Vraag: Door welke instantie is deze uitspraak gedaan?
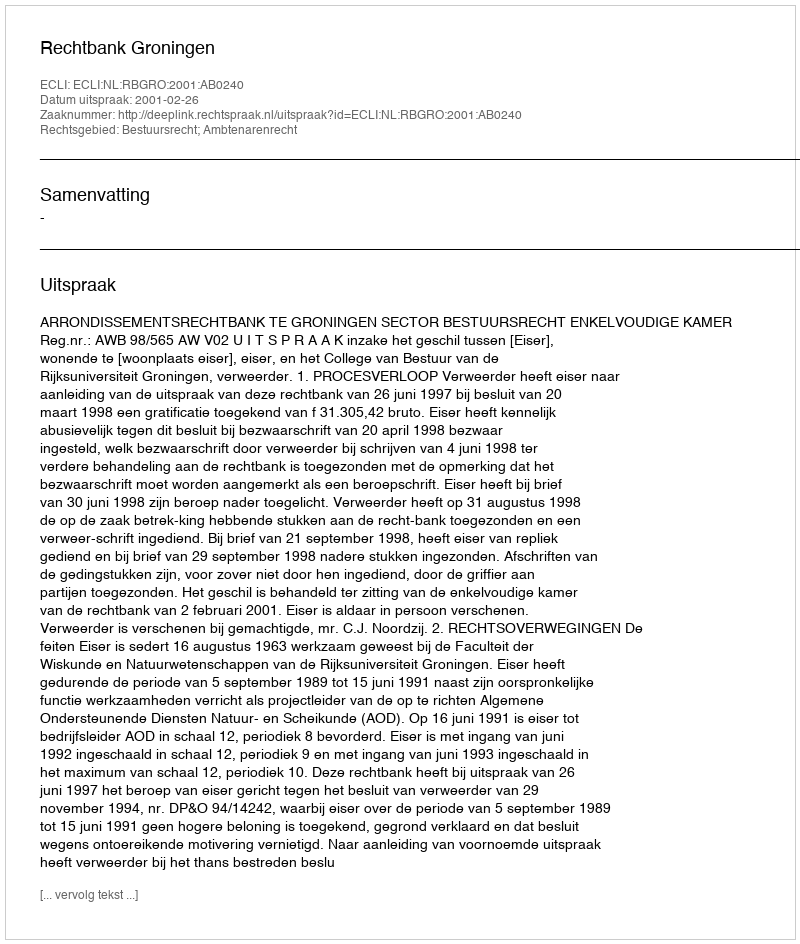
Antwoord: Rechtbank Groningen